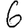
Digit: 6